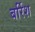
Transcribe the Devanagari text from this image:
बर्रिश